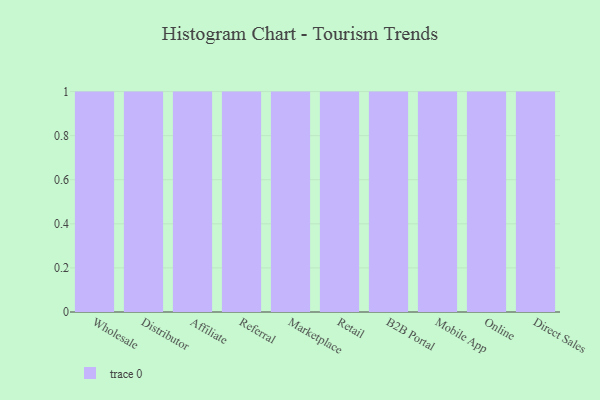
{"axis": {"x": "Channel", "y": "Net Income (USD K)"}, "legend": [""], "data": [{"x": "Wholesale", "y": 70, "type": ""}, {"x": "Distributor", "y": 11, "type": ""}, {"x": "Affiliate", "y": 36, "type": ""}, {"x": "Referral", "y": 20, "type": ""}, {"x": "Marketplace", "y": 47, "type": ""}, {"x": "Retail", "y": 61, "type": ""}, {"x": "B2B Portal", "y": 52, "type": ""}, {"x": "Mobile App", "y": 39, "type": ""}, {"x": "Online", "y": 76, "type": ""}, {"x": "Direct Sales", "y": 66, "type": ""}]}